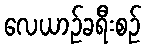
လေယာဉ်ခရီးစဉ်